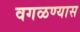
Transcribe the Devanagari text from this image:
वगळण्यास